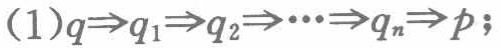
(1)$q\Rightarrow q_1\Rightarrow q_2\Rightarrow\cdots\Rightarrow q_n\Rightarrow p$;